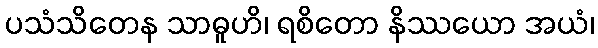
ပသံသိတေန သာဓူဟိ၊ ရစိတော နိဿယော အယံ၊